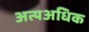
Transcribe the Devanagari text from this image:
अत्यअधिक